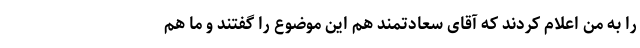
را به من اعلام کردند که آقای سعادتمند هم این موضوع را گفتند و ما هم